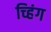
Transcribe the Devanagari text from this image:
च्हिंग